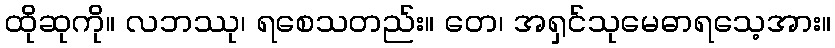
ထိုဆုကို။ လဘဿု၊ ရစေသတည်း။ တေ၊ အရှင်သုမေဓာရသေ့အား။